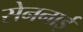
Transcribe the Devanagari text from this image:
सेननाई